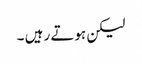
لیکن ہوتے رہیں ۔